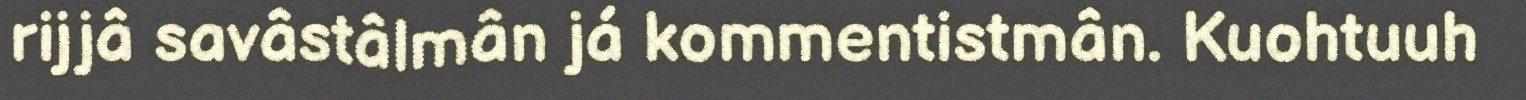
rijjâ savâstâlmân já kommentistmân. Kuohtuuh